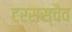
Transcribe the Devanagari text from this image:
ट्रसस्चैव